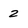
Character: 2